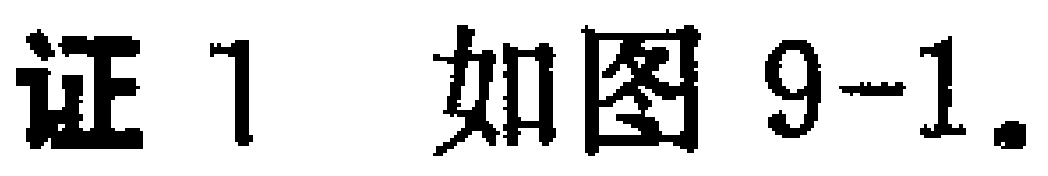
证 1 如图 9-1.